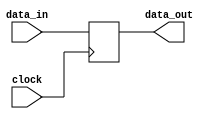
module MemoryData_register(
	input clock,
	input [W-1:0] data_in,
	output [W-1:0] data_out
   );

	parameter W = 32; // default data size

	reg [W-1:0] Reg;

	assign data_out = Reg;

	always@(posedge clock)
		begin
		Reg <= data_in;
		end

endmodule